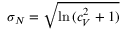
\sigma _ { N } = \sqrt { \ln { ( c _ { V } ^ { 2 } + 1 ) } }